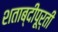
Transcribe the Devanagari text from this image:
शताब्दीपूर्ती